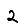
Digit: 2